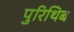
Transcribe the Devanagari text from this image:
पुरिथिब